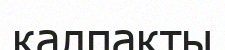
қалпақты